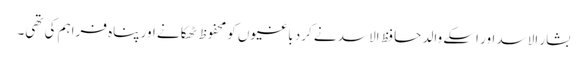
بشار الاسد اور اسکے والد حافظ الاسد نے کرد باغیوں کو محفوظ ٹھکانے اور پناہ فراہم کی تھی۔